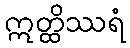
ဣတ္ထိဿရံ